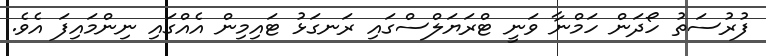
ފުރުސަތު ހޯދަން ހަމްނާ ވަނީ ޓްރަޔަލްސްގައި ރަނގަޅު ޓައިމިން އެއްގައި ނިންމައިފަ އެވެ.